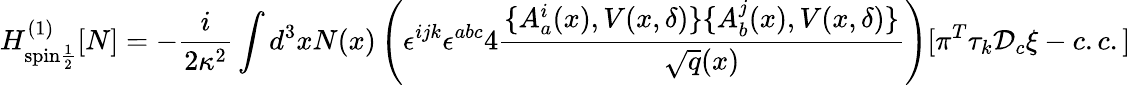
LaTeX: H_{\mathrm{spin\frac{1}{2}}}^{(1)}[N]=-\frac{i}{2\kappa^{2}}\int d^{3}xN(x)\left(\epsilon^{ijk}\epsilon^{abc}4\frac{\{ A_{a}^{i}(x),V(x,\delta)\} \{ A_{b}^{j}(x),V(x,\delta)\} }{\sqrt{q}(x)}\right)[\pi^{T}\tau_{k}{\cal D}_{c}\xi-c.c.]